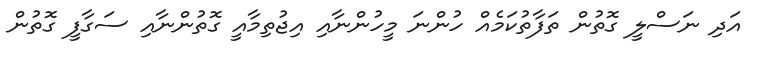
އަދި ނަސްލީ ގޮތުން ތަފާތުކަމެއް ހުންނަ މީހުންނާއި އިޖުތިމާއީ ގޮތުންނާއި ސަގާފީ ގޮތުން